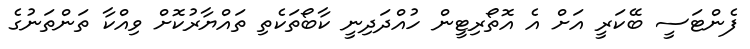
ފެންޓަސީ ބޭކަރީ އަށް އެ އޮތޯރިޓީން ހުއްދަދިނީ ކާބޯތަކެތި ތައްޔާރުކޮށް ވިއްކާ ތަންތަނުގެ